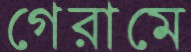
গেরামে